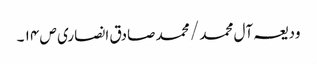
ودیعہ آل محمد / محمد صادق انصاری ص ۱۴ ۔